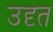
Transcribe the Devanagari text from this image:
उदृत